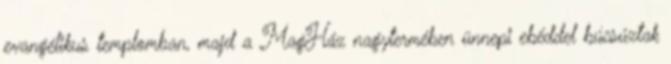
evangélikus templomban, majd a MagHáz nagytermében ünnepi ebéddel búcsúztak